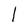
Character: l